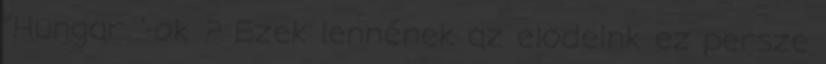
"Hungar .'-ok ? Ezek lennének az elodeink ez persze